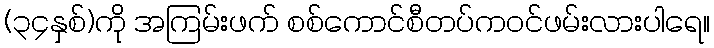
(၃၄နှစ်)ကို အကြမ်းဖက် စစ်ကောင်စီတပ်ကဝင်ဖမ်းလားပါရေ။